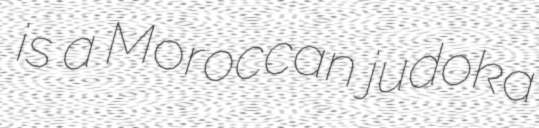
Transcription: is a Moroccan judoka